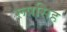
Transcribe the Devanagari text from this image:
रूपसिह